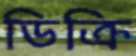
ডিক্রি